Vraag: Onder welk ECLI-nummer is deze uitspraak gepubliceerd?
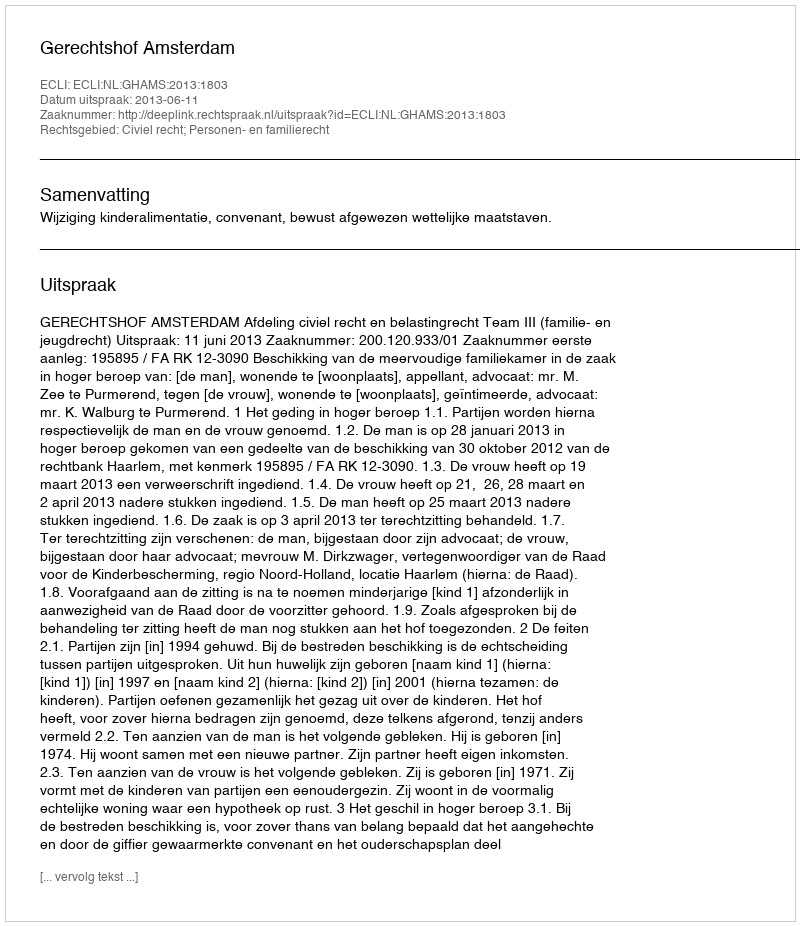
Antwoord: ECLI:NL:GHAMS:2013:1803